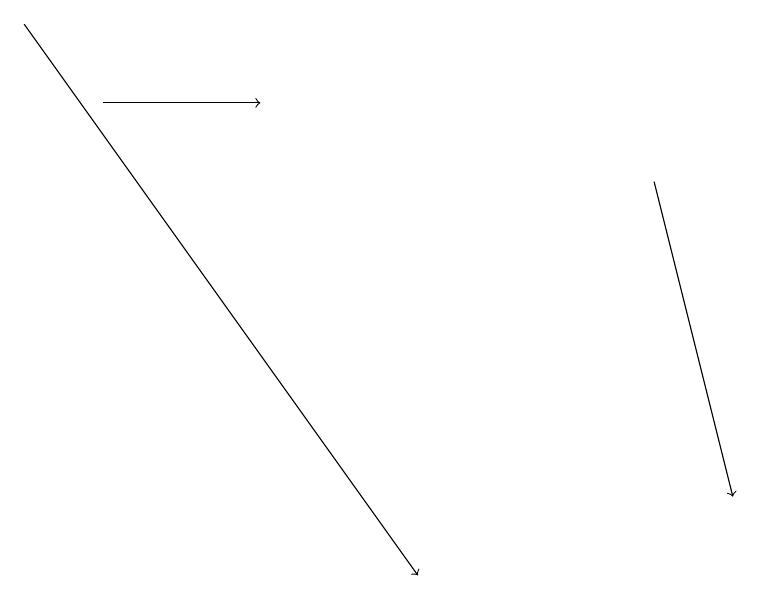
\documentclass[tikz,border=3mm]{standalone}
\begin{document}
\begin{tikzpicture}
\draw[->] (0,19) -- (5,12);
\draw[->] (1,18) -- (3,18);
\draw[->] (8,17) -- (9,13);
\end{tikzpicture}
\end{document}